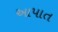
આપાત